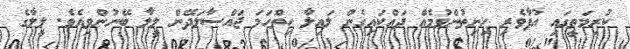
ކުރިމަތީގައި އުފާވެރި ހިނިތުންވުމެއް ދައްކައިގެން ލައިލާ ހިތްހަމަ ޖައްސާލަދޭން ލީލާ ބޭނުންވިއެވެ. ލީލާގެ